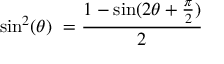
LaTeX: \sin ^ { 2 } ( \theta ) \ = { \frac { 1 - \sin ( 2 \theta + { \frac { \pi } { 2 } } ) } { 2 } }